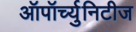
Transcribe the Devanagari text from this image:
ऑपॉर्च्युनिटीज